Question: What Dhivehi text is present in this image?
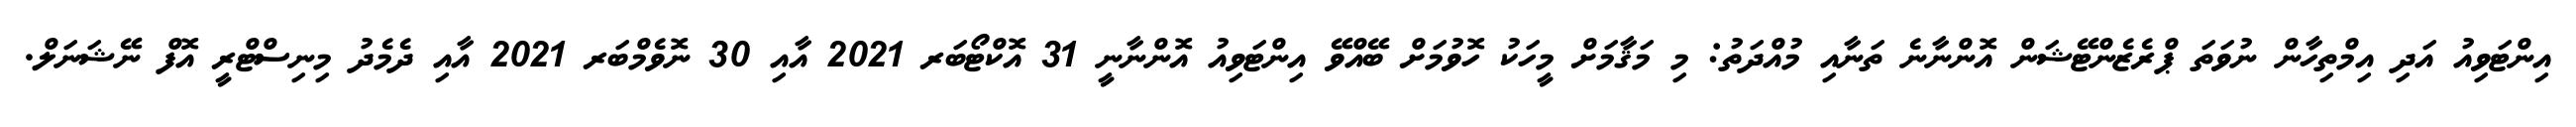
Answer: އިންޓަވިއު އަދި އިމްތިހާން ނުވަތަ ޕްރެޒެންޓޭޝަން އޮންނާނެ ތަނާއި މުއްދަތު: މި މަޤާމަށް މީހަކު ހޮވުމަށް ބޭއްވޭ އިންޓަވިއު އޮންނާނީ 31 އޮކްޓޯބަރ 2021 އާއި 30 ނޮވެމްބަރ 2021 އާއި ދެމެދު މިނިސްޓްރީ އޮފް ނޭޝަނަލް.